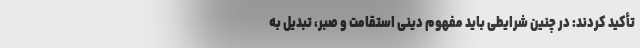
تأکید کردند: در چنین شرایطی باید مفهوم دینی استقامت و صبر، تبدیل به